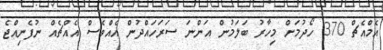
އެމްއެޗް 370 ހޯދުމަށް މިހާރު ބަލަމުން އަންނަ ސަރަހައްދުން އެއްވެސް އެއްޗެއް ނުފެނިއްޖެ